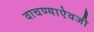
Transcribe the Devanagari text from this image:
वाचण्याऐवजी